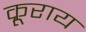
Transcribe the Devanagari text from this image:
क्रूराय